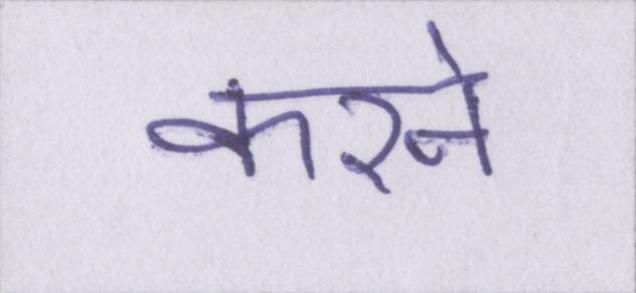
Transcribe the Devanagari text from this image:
करने